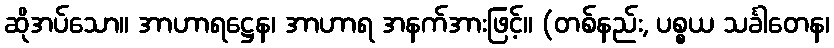
ဆိုအပ်သော။ အာဟာရဋ္ဌေန၊ အာဟာရ အနက်အားဖြင့်။ (တစ်နည်း, ပစ္စယ သင်္ခါတေန၊